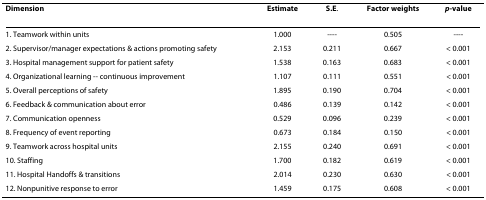
<table><thead><tr><td><b>Dimension</b></td><td><b>Estimate</b></td><td><b>S.E.</b></td><td><b>Factor weights</b></td><td><b><i>p</i>-value</b></td></tr></thead><tbody><tr><td>1. Teamwork within units</td><td>1.000</td><td>----</td><td>0.505</td><td>----</td></tr><tr><td>2. Supervisor/manager expectations &amp; actions promoting safety</td><td>2.153</td><td>0.211</td><td>0.667</td><td>&lt; 0.001</td></tr><tr><td>3. Hospital management support for patient safety</td><td>1.538</td><td>0.163</td><td>0.683</td><td>&lt; 0.001</td></tr><tr><td>4. Organizational learning -- continuous improvement</td><td>1.107</td><td>0.111</td><td>0.551</td><td>&lt; 0.001</td></tr><tr><td>5. Overall perceptions of safety</td><td>1.895</td><td>0.190</td><td>0.704</td><td>&lt; 0.001</td></tr><tr><td>6. Feedback &amp; communication about error</td><td>0.486</td><td>0.139</td><td>0.142</td><td>&lt; 0.001</td></tr><tr><td>7. Communication openness</td><td>0.529</td><td>0.096</td><td>0.239</td><td>&lt; 0.001</td></tr><tr><td>8. Frequency of event reporting</td><td>0.673</td><td>0.184</td><td>0.150</td><td>&lt; 0.001</td></tr><tr><td>9. Teamwork across hospital units</td><td>2.155</td><td>0.240</td><td>0.691</td><td>&lt; 0.001</td></tr><tr><td>10. Staffing</td><td>1.700</td><td>0.182</td><td>0.619</td><td>&lt; 0.001</td></tr><tr><td>11. Hospital Handoffs &amp; transitions</td><td>2.014</td><td>0.230</td><td>0.630</td><td>&lt; 0.001</td></tr><tr><td>12. Nonpunitive response to error</td><td>1.459</td><td>0.175</td><td>0.608</td><td>&lt; 0.001</td></tr></tbody></table>